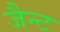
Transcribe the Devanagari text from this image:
जैन्ट